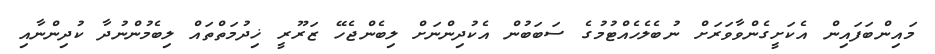
މައިންބަފައިން އެކަށީގެންވާވަރަށް ނުބެލެހެއްޓުމުގެ ސަބަބުން އެކުދިންނަށް ލިބެންޖެހޭ ޒަރޫރީ ޚިދުމަތްތައް ލިބެމުންނުދާ ކުދިންނާއި